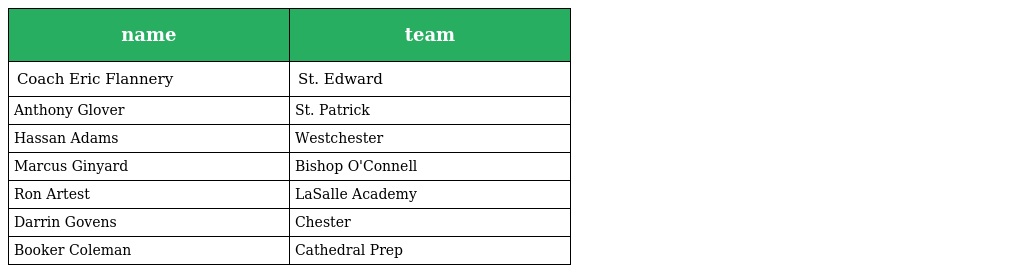
| name | team |
 | --- | --- |
 | Coach Eric Flannery | St. Edward |
 | Anthony Glover | St. Patrick |
 | Hassan Adams | Westchester |
 | Marcus Ginyard | Bishop O'Connell |
 | Ron Artest | LaSalle Academy |
 | Darrin Govens | Chester |
 | Booker Coleman | Cathedral Prep |